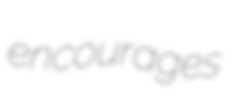
encourages